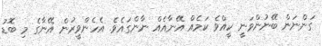
ގަންނަން ބޭނުންވަނީ ކީއްވެ ކަމެއް އޭނާއެއް ނާންގައެވެ. އެހެންވީރުން އޭނާގެ މި ބޮޑު